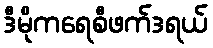
ဒီမိုကရေစီဖက်ဒရယ်